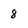
Character: 8